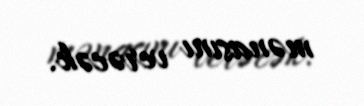
mənasını verəcək.